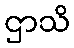
ဌာသိ